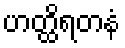
ဟတ္ထိရတနံ